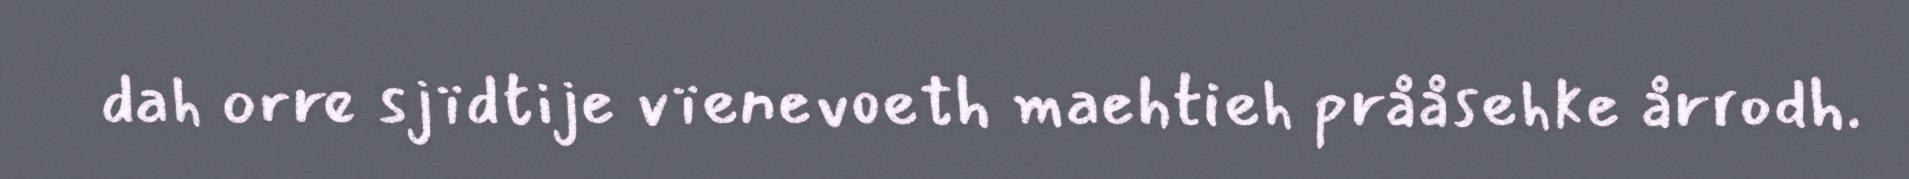
dah orre sjïdtije vïenevoeth maehtieh prååsehke årrodh.